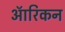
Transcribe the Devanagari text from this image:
ऑरिकन